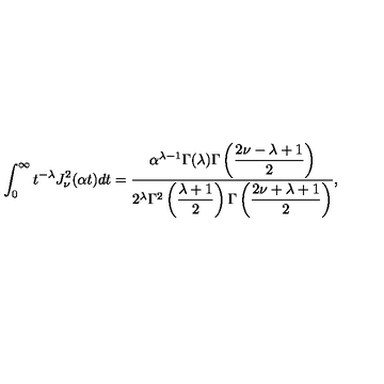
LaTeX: \int _ { 0 } ^ { \infty } t ^ { - \lambda } J _ { \nu } ^ { 2 } ( \alpha t ) d t = \frac { \alpha ^ { \lambda - 1 } \Gamma ( \lambda ) \Gamma \left( \displaystyle { \frac { 2 \nu - \lambda + 1 } { 2 } } \right) } { 2 ^ { \lambda } \Gamma ^ { 2 } \left( \displaystyle { \frac { \lambda + 1 } { 2 } } \right) \Gamma \left( \displaystyle { \frac { 2 \nu + \lambda + 1 } { 2 } } \right) } ,